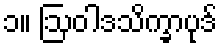
၁။ ဩဝါဒသိက္ခာပုဒ်